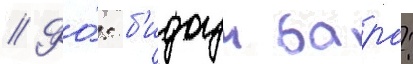
// Фо́: б'идоун баро: